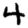
Digit: 4